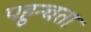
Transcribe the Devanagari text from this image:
पहुन्चता